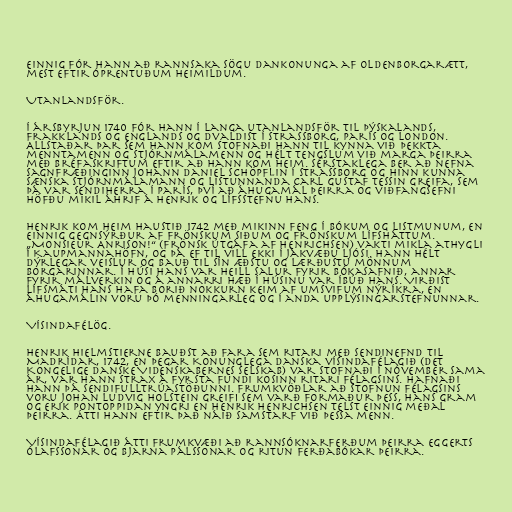
Einnig fór hann að rannsaka sögu Dankonunga af Oldenborgarætt,
mest eftir óprentuðum heimildum.

Utanlandsför.

Í ársbyrjun 1740 fór hann í langa utanlandsför til Þýskalands,
Frakklands og Englands og dvaldist í Strassborg, París og London.
Allstaðar þar sem hann kom stofnaði hann til kynna við þekkta
menntamenn og stjórnmálamenn og hélt tengslum við marga þeirra
með bréfaskriftum eftir að hann kom heim. Sérstaklega ber að nefna
sagnfræðinginn Johann Daniel Schöpflin í Strassborg og hinn kunna
sænska stjórnmálamann og listunnanda Carl Gustaf Tessin greifa, sem
þá var sendiherra í París, því að áhugamál þeirra og viðfangsefni
höfðu mikil áhrif á Henrik og lífsstefnu hans.

Henrik kom heim haustið 1742 með mikinn feng í bókum og listmunum, en
einnig gegnsýrður af frönskum siðum og frönskum lífsháttum.
„Monsieur Anrison!“ (frönsk útgáfa af Henrichsen) vakti mikla athygli
í Kaupmannahöfn, og þá ef til vill ekki í jákvæðu ljósi. Hann hélt
dýrlegar veislur og bauð til sín æðstu og lærðustu mönnum
borgarinnar. Í húsi hans var heill salur fyrir bókasafnið, annar
fyrir málverkin og á annarri hæð í húsinu var íbúð hans. Virðist
lífsmáti hans hafa borið nokkurn keim af umsvifum nýríkra, en
áhugamálin voru þó menningarleg og í anda upplýsingarstefnunnar.

Vísindafélög.

Henrik Hielmstierne bauðst að fara sem ritari með sendinefnd til
Madrídar, 1742, en þegar Konunglega danska vísindafélagið (Det
Kongelige danske Videnskabernes Selskab) var stofnaði í nóvember sama
ár, var hann strax á fyrsta fundi kosinn ritari félagsins. Hafnaði
hann þá sendifulltrúastöðunni. Frumkvöðlar að stofnun félagsins
voru Johan Ludvig Holstein greifi sem varð formaður þess, Hans Gram
og Erik Pontoppidan yngri en Henrik Henrichsen telst einnig meðal
þeirra. Átti hann eftir það náið samstarf við þessa menn.

Vísindafélagið átti frumkvæði að rannsóknarferðum þeirra Eggerts
Ólafssonar og Bjarna Pálssonar og ritun ferðabókar þeirra.